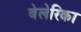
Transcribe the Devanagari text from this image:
बेलेरिका